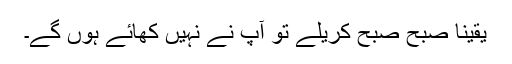
یقیناً صبح صبح کریلے تو آپ نے نہیں کھائے ہوں گے۔